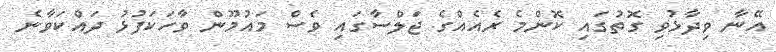
އޭނާ ވިދާޅުވި ގޮތުގައި ކޮންމެ ރެއެއްގެ ޖަލްސާގައި ވެސް މައުމޫން ވާހަކަފުޅު ދައްކަވާނެ